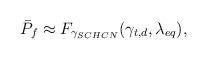
LaTeX: \begin{align*} \bar{P}_{f} & \approx F_{\gamma_{SCHCN}}(\gamma_{t,d},\lambda_{eq}), \end{align*}